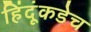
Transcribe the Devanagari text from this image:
हिंदूंकडेच